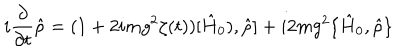
i \frac { \partial } { \partial t } \hat { \rho } = ( 1 + 2 i m g ^ { 2 } \zeta ( t ) ) [ \hat { H } _ { 0 } ) , \hat { \rho } ] + i 2 m g ^ { 2 } \{ \hat { H } _ { 0 } , \hat { \rho } \}